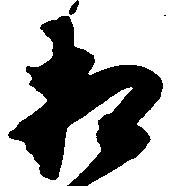
相